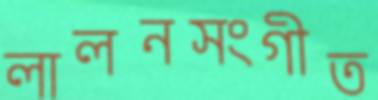
লালনসংগীত